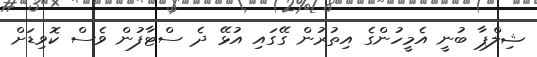
ޝިލްޕާ ބުނީ އެމީހުންގެ އިތުރުން ގޭގައި އުޅޭ ދެ ސްޓާފުން ވެސް ކޮވިޑަށް